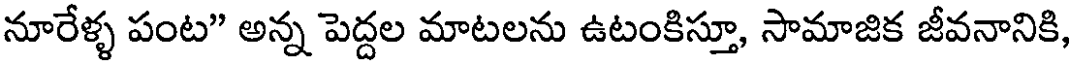
నూరేళ్ళ పంట" అన్న పెద్దల మాటలను ఉటంకిస్తూ, సామాజిక జీవనానికి,